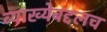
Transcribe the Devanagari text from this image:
व्याख्येबद्दलच